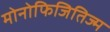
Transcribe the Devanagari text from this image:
मोनोफिजितिज्म